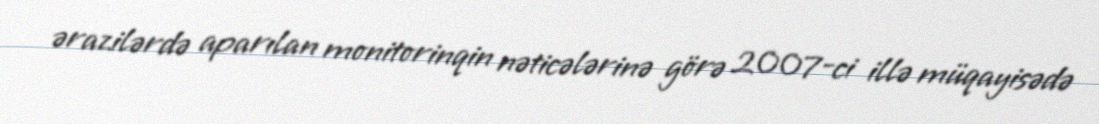
ərazilərdə aparılan monitorinqin nəticələrinə görə 2007-ci illə müqayisədə